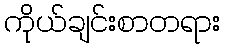
ကိုယ်ချင်းစာတရား